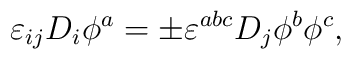
\varepsilon_{ij} D_i \phi^a = \pm \varepsilon^{abc} D_j \phi^b \phi^c ,